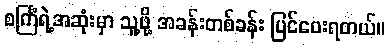
စင်္ကြံရဲ့အဆုံးမှာ သူ့ဖို့ အခန်းတစ်ခန်း ပြင်ပေးရတယ်။